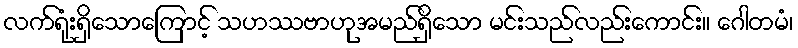
လက်ရုံးရှိသောကြောင့် သဟဿဗာဟုအမည်ရှိသော မင်းသည်လည်းကောင်း။ ဂေါတမံ၊